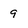
Character: 9